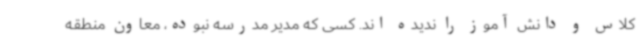
کلاس و دانش آموز را ندیده اند. کسی که مدیر مدرسه نبوده، معاون منطقه